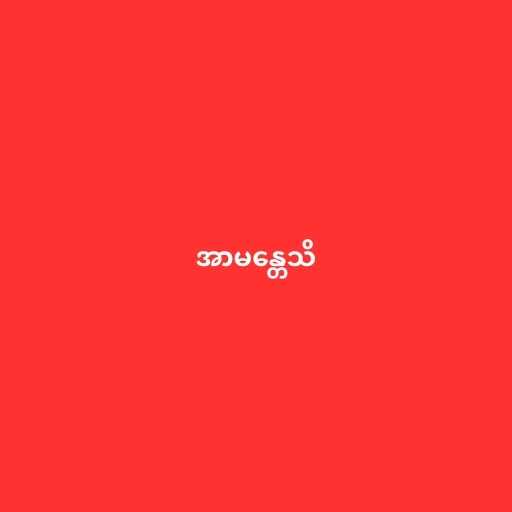
အာမန္တေသိ